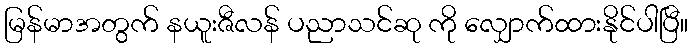
မြန်မာအတွက် နယူးဇီလန် ပညာသင်ဆု ကို လျှောက်ထားနိုင်ပါပြီ။